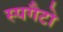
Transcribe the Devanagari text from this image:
स्पगैटो